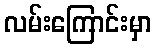
လမ်းကြောင်းမှာ